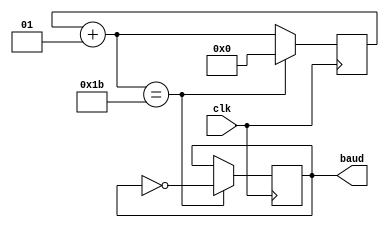
`timescale 1ns / 1ps
//////////////////////////////////////////////////////////////////////////////////
// Company: 
// Engineer: 
// 
// Design Name: 
// Module Name: baudrate_gen
// Project Name: 
// Target Devices: 
// Tool Versions: 
// Description: 
// 
// Dependencies: 
// 
// Revision:
// Revision 0.01 - File Created
// Additional Comments:
// 
//////////////////////////////////////////////////////////////////////////////////


module baudrate_gen(
    input clk,
    output reg baud
    );
    
    integer counter;
    always @(posedge clk) begin
        counter = counter + 1;
        if (counter == 27) begin counter = 0; baud = ~baud; end 
        // Clock = 10ns
        // ClockFreq = 1/10ns = 100 MHz
        // Baudrate = 115200
        // counter = ClockFreq/Baudrate/32 325 as 9600 , 27 as 115200
    end
    
endmodule